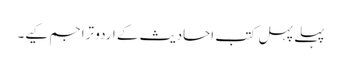
پہلے پہل کتب احادیث کے اردو تراجم کیے۔